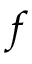
f